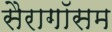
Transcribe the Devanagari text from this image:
सैरागॉसम